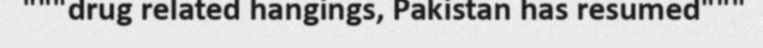
"""drug related hangings, Pakistan has resumed"""